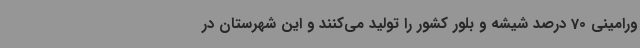
ورامینی 70 درصد شیشه و بلور کشور را تولید می‌کنند و این شهرستان در